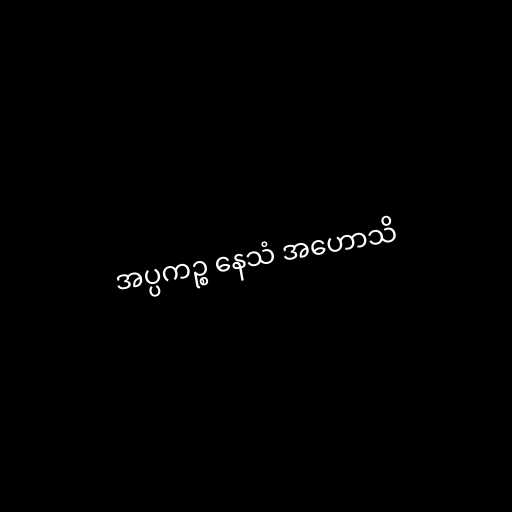
အပ္ပကဉ္စ နေသံ အဟောသိ